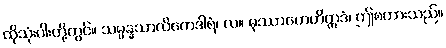
ထိုသုံးပါးတို့တွင်။ သမ္ပန္နသာလိကေဒါရံ၊ လ။ မုဿာဟေတိဣဒံ၊ ဤစကားသည်။